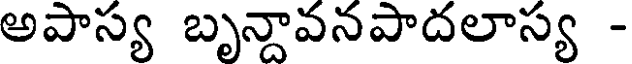
అపాస్య బృన్దావనపాదలాస్య -